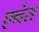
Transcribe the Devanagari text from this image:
एनेस